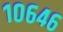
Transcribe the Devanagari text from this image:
१०६४६